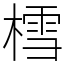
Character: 樰